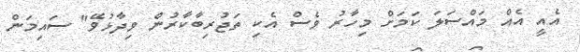
އެއީ އެއް މައްސަލަ ކަމަށް މިހާރު ވެސް އެކި ތަޖުރިބާކާރުން ވިދާޅުވޭ" ސައިމަން